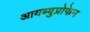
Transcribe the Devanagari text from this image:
आयब्युप्रोफेन